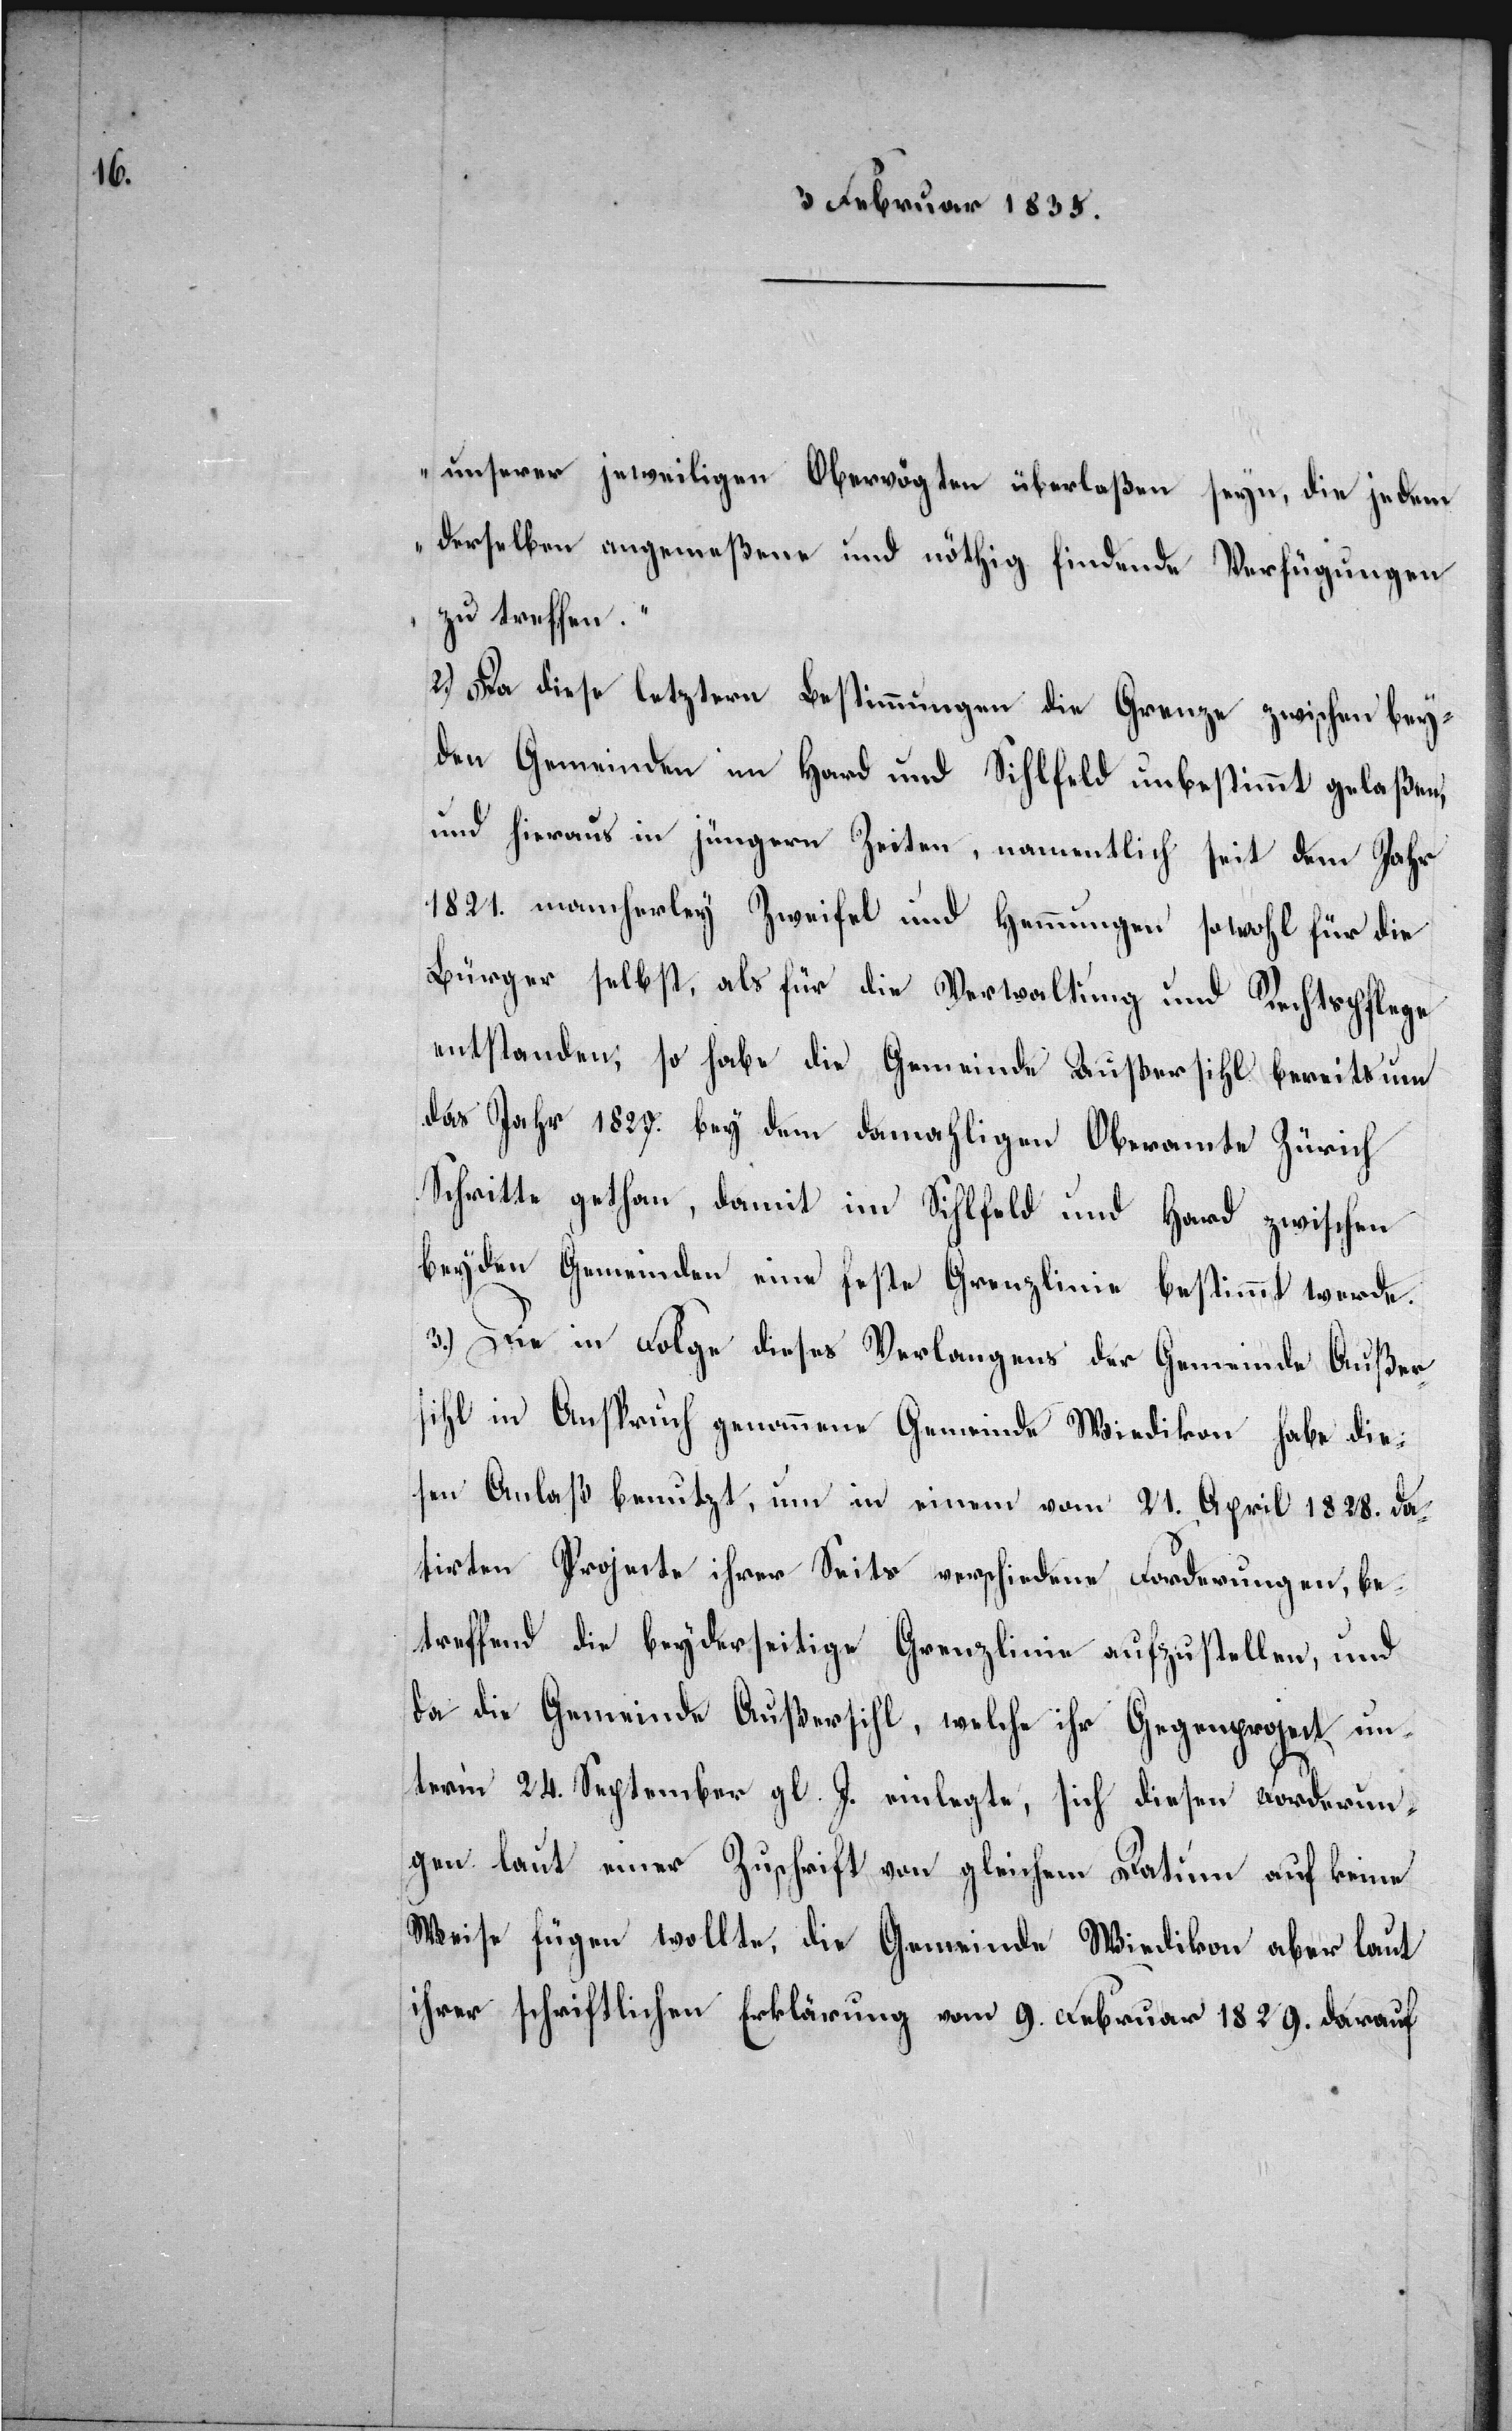
9. Februar 1829.
unserer jeweiligen Obervögten überlaßen seyn, die jedem
derselben angemeßene und nöthig findende Verfügungen
zu treffen.“
2.) Da diese letztern Bestimmungen die Grenze zwischen bey¬
den Gemeinden in Hard und Sihlfeld unbestimmt gelaßen,
und hieraus in jüngern Zeiten, namentlich seit dem Jahr
1821. mancherley Zweifel und Hemmungen sowohl für die
Bürger selbst, als für die Verwaltung und Rechtspflege
entstanden, so habe die Gemeinde Außersihl bereits um
das Jahr 1827. bey dem damahligen Oberamte Zürich
Schritte gethan, damit im Sihlfeld und Hard zwischen
beyden Gemeinden eine feste Grenzlinie bestimmt werde.
3.) Die in Folge dieses Verlangens der Gemeinde Außer¬
sihl in Anspruch genommene Gemeinde Wiedikon habe die¬
sen Anlaß benutzt, um in einem vom 21. April 1828. da¬
tirten Projecte ihrer Seits verschiedene Forderungen, be¬
treffend die beyderseitige Grenzlinie aufzustellen, und
da die Gemeinde Außersihl, welche ihr Gegenproject un¬
term 24. September gl. J. einlegte, sich diesen Forderun¬
gen laut einer Zuschrift von gleichem Datum auf keine
Weise fügen wollte, die Gemeinde Wiedikon aber laut